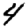
Digit: 4